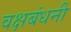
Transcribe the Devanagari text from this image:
वक्षबंधनी